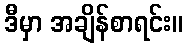
ဒီမှာ အချိန်စာရင်း။